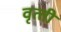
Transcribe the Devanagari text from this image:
वृत्‍ती